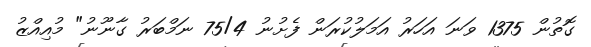
ގޮތުން 1375 ވަނަ އަހަރު އަމަލުކުރަން ފެށުނު 75/4 ނަމްބަރު ގާނޫނު" މުއިއްޒު